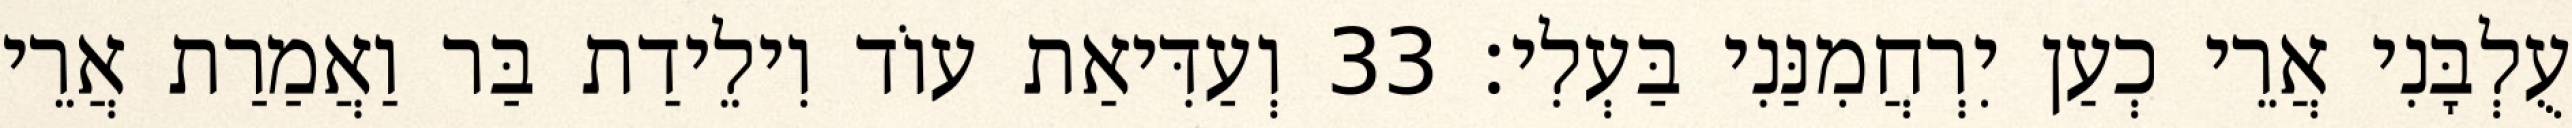
עֻלְבָּנִי אֲרֵי כְעַן יִרְחֲמִנַּנִי בַּעְלִי׃ 33 וְעַדִּיאַת עוֹד וִילֵידַת בַּר וַאֲמַרַת אֲרֵי